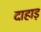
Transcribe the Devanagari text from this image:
दाहाड़